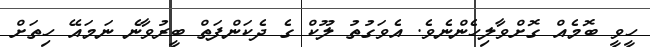
ހީވީ ބޮމެއް ގޮށްވާލިހެންނެވެ. އެވަގުތު ލޫކް ގެ ދެކަންފަތް ބީރުވާނެ ނަމައޭ ހިތަށް